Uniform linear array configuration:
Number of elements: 16
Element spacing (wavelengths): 0.5
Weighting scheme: kaiser
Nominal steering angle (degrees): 60
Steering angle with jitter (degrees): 58.179
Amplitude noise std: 0.05
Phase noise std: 0.05

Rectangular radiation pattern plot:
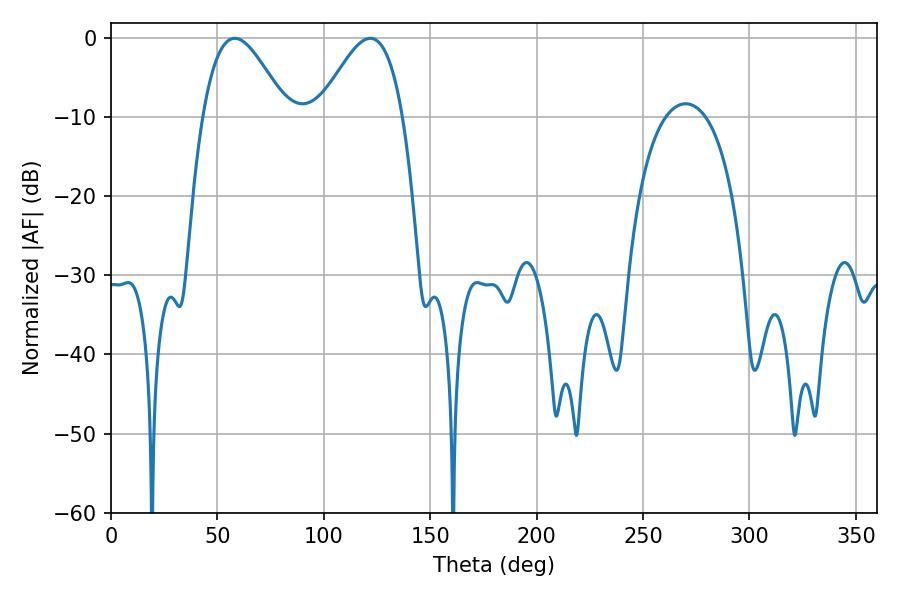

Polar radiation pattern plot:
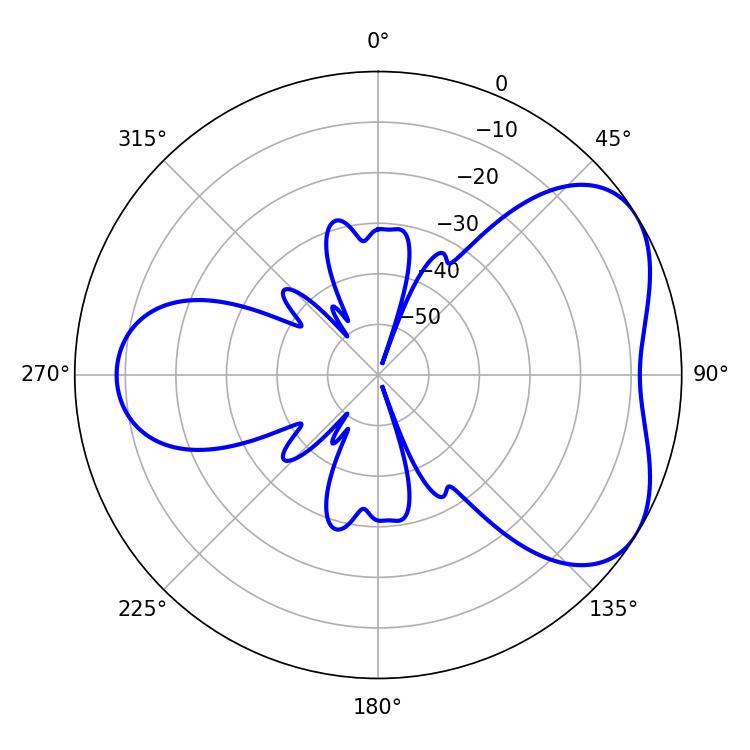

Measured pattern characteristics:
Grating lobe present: FALSE
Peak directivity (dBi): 4.79
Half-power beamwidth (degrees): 21.24
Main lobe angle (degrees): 58.14